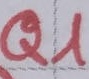
Text: Q1